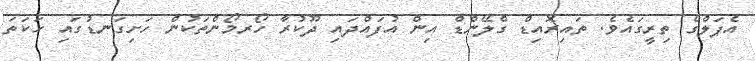
އެޕަލްގެ ތިރީގައެވެ. ތައިރޮއިޑް ގްލޭންޑް އިން އުފައްދައި ދޫކުރާ ހޯރމޯންތަކުން ހަށިގަނޑުގައި ހަކަތަ